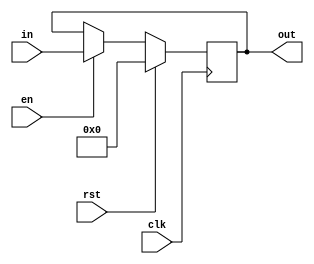
`timescale 1ns / 1ps
//////////////////////////////////////////////////////////////////////////////////
// Company: 
// Engineer: 
// 
// Design Name: 
// Module Name:    Register8 
// Project Name: 
// Target Devices: 
// Tool versions: 
// Description: 
//
// Dependencies: 
//
// Revision: 
// Revision 0.01 - File Created
// Additional Comments: 
//
//////////////////////////////////////////////////////////////////////////////////
module Register8( input [7:0]in, input clk, input rst, input en, output reg [7:0]out);
	always @(posedge clk) begin
		if (rst) out <= 8'b0;
		else if (en) out <= in;
	end
endmodule